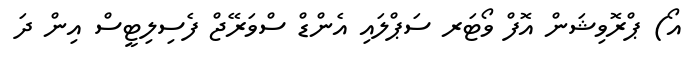
އޯ) ޕްރޮވިޝަން އޮފް ވޯޓަރ ސަޕްލައި އެންޑް ސްވަރޭޖް ފެސިލިޓީސް އިން ދަ